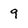
Character: 9